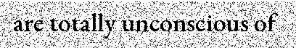
are totally unconscious of